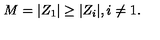
M = | Z _ { 1 } | \geq | Z _ { i } | , i \neq 1 .